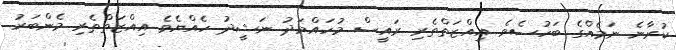
ކުރާނެ ނަމެއްގެ ބަހުސެވެ. އިއްޒަތްތެރި ރައީސް މުހައްމަދު ނަޝީދު ހެއްޔެވެ އިއްޒަތްތެރި މެންބަރު